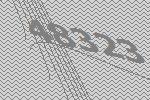
48323